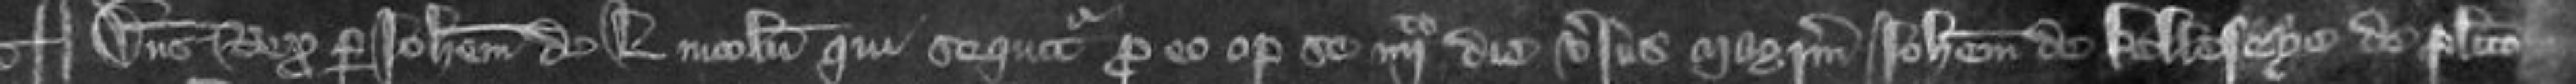
¶Dominus Rex per Johannem de Lincoln qui sequitur pro eo optulit se quarto die versus Magistrum Johannem de Kelleseye de placito